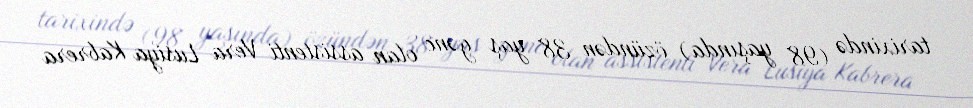
tarixində (98 yaşında) özündən 38 yaş gənc olan assistenti Vera Lusiya Kabrera